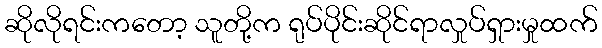
ဆိုလိုရင်းကတော့ သူတို့က ရုပ်ပိုင်းဆိုင်ရာလှုပ်ရှားမှုထက်